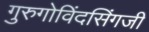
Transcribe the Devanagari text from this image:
गुरुगोविंदसिंगजी